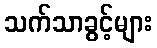
သက်သာခွင့်များ